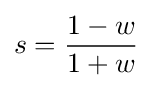
s={\frac {1-w}{1+w}}